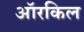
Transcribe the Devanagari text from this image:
ऑरकिल